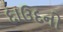
દાઉદનો